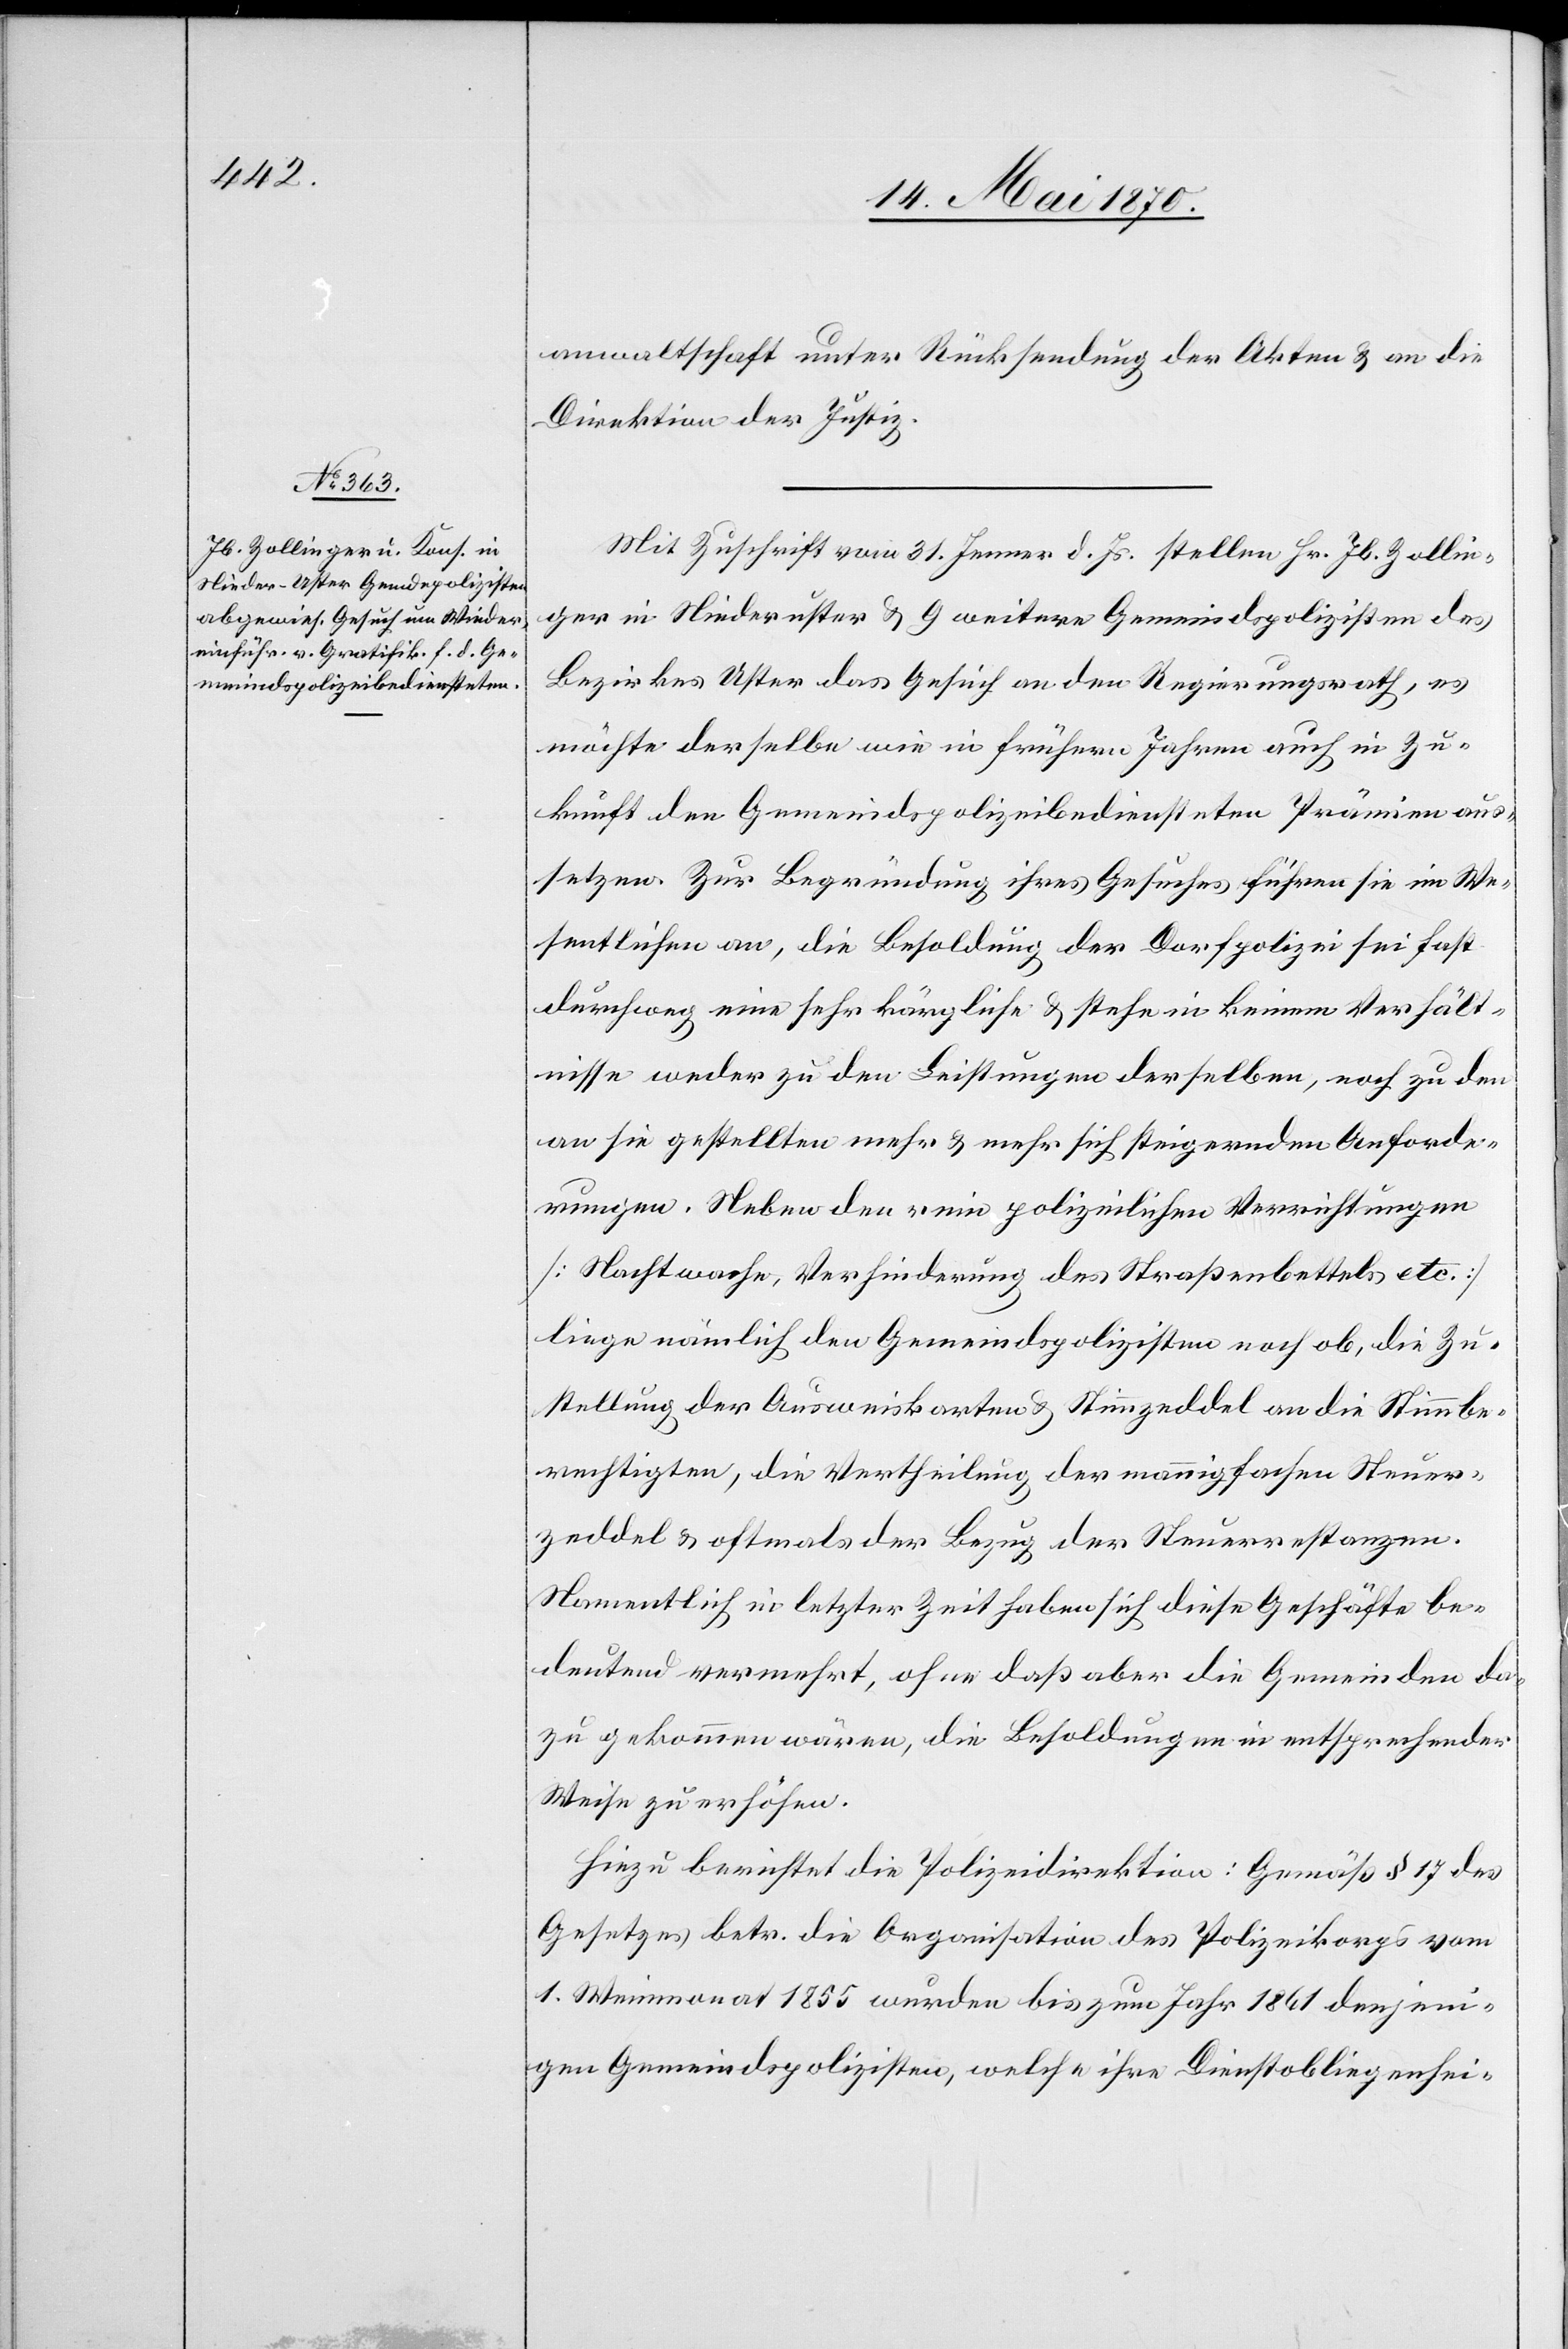
anwaltschaft unter Rücksendung der Akten & an die
Direktion der Justiz.
Mit Zuschrift vom 31. Jenner d. Js. stellen Hr. Jb. Zollin¬
ger in Niederuster & 9 weitere Gemeindspolizisten des
Bezirkes Uster das Gesuch an den Regierungsrath, es
möchte derselbe wie in frühern Jahren auch in Zu¬
kunft den Gemeindspolizeibediensteten Prämien aus¬
setzen. Zur Begründung ihres Gesuches führen sie im We¬
sentlichen an, die Besoldung der Dorfpolizei sei fast
durchweg eine sehr körperliche & stehe in keinem Verhält¬
nisse weder zu den Leistungen derselben, noch zu den
an sie gestellten mehr & mehr sich steigernden Anforde¬
rungen. Neben den rein polizeilichen Verrichtungen
[Nachtwache, Verhinderung des Straßenbettels etc.]
liege nämlich den Gemeindspolizisten noch ob, die Zu¬
stellung der Ausweiskarten & Stimmzeddel an die Stimmbe¬
rechtigten, die Vertheilung der mannigfachen Steuer¬
zeddel & oftmals der Bezug der Steuerrestanzen.
Namentlich in letzter Zeit haben sich diese Geschäfte be¬
deutend vermehrt, ohne daß aber die Gemeinden da¬
zu gekommen wären, die Besoldungen in entsprechender
Weise zu erhöhen.
Hiezu berichtet die Polizeidirektion: Gemäß § 17 des
Gesetzes betr. die Organisation des Polizeikorps vom
1. Weinmonat 1855 wurden bis zum Jahr 1861 denjeni¬
gen Gemeindspolizisten, welche ihre Dienstobligenhei-